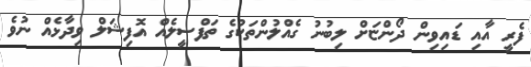
ފެރީ އާއި ޑައިވިން ދޯންޏަށް ލިބުނު ގެއްލުންތަކުގެ ތަފްސީލެއް އޮފިޝަލް ވިދާޅެއް ނުވެ